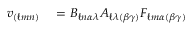
\begin{array} { r l } { v _ { ( \ell m n ) } } & { { } = B _ { \ell n \alpha \lambda } A _ { \ell \lambda ( \beta \gamma ) } F _ { \ell m \alpha ( \beta \gamma ) } } \end{array}